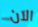
الآن